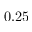
0 . 2 5